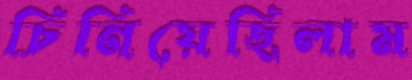
চিনিয়েছিলাম